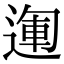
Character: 𨔪